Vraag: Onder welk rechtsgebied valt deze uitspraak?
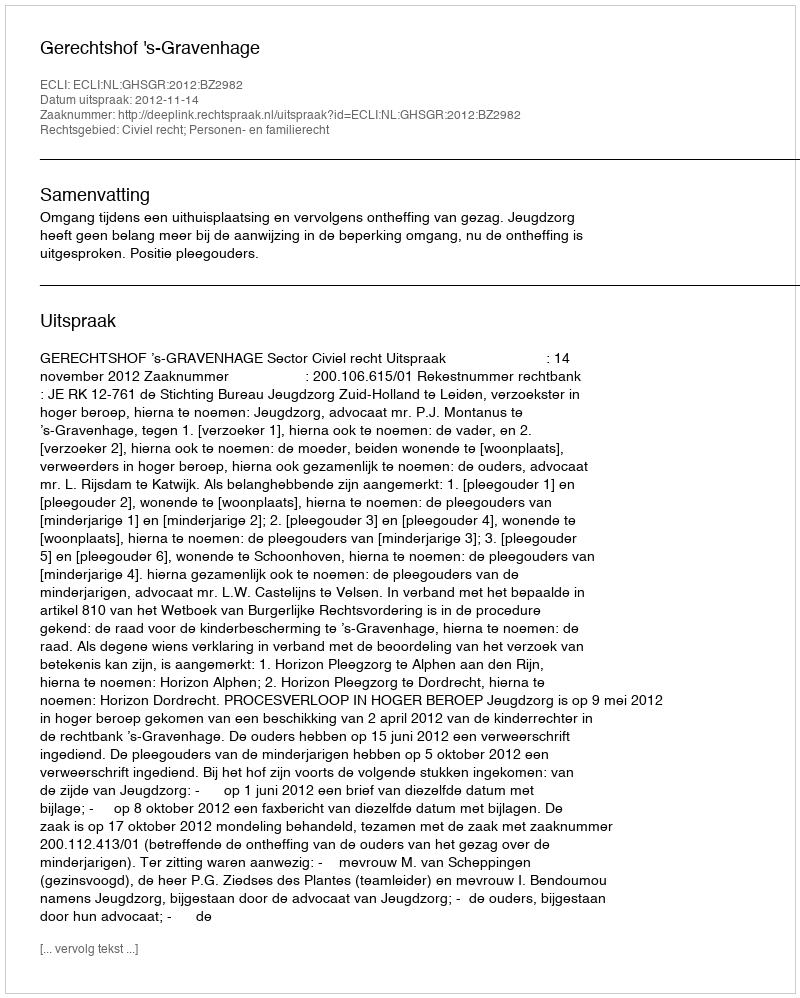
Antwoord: Civiel recht; Personen- en familierecht